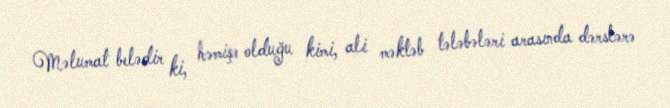
Məlumat belədir ki, həmişə olduğu kimi, ali məktəb tələbələri arasında dərslərə